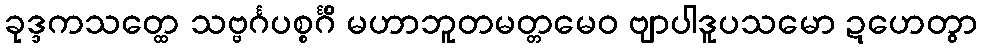
ခုဒ္ဒကသတ္ထေ သဗ္ဗင်္ဂပစ္စင်္ဂိံ မဟာဘူတမတ္တမေဝ ဗျာပါဒူပသမော ဍဟေတွာ